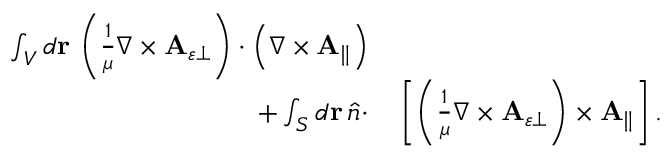
\begin{array} { r l } { \int _ { V } d \mathbf { r } \, \left( \frac { 1 } { \mu } \nabla \times \mathbf { A } _ { \varepsilon \perp } \right) \cdot \left( \nabla \times \mathbf { A } _ { \parallel } \right) } & { { } } \\ { + \int _ { S } d \mathbf { r } \, \hat { n } \cdot } & { { } \left[ \left( \frac { 1 } { \mu } \nabla \times \mathbf { A } _ { \varepsilon \perp } \right) \times \mathbf { A } _ { \parallel } \right] . } \end{array}